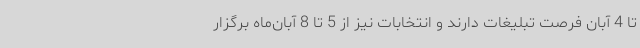
تا 4 آبان فرصت تبلیغات دارند و انتخابات نیز از 5 تا 8 آبان‌ماه برگزار